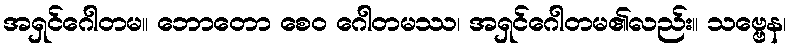
အရှင်ဂေါတမ။ ဘောတော စေဝ ဂေါတမဿ၊ အရှင်ဂေါတမ၏လည်း။ သဗ္ဗေန၊